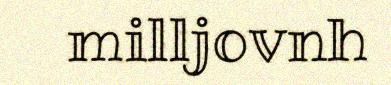
milljovnh